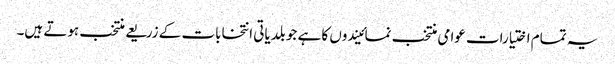
یہ تمام اختیارات عوامی منتخب نمائیندوں کا ہے جو بلدیاتی انتخابات کے زریعے منتخب ہوتے ہیں۔